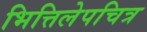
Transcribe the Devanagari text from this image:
भित्तिलेपचित्र